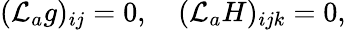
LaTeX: ({\cal L}_{a}g)_{ij}=0,\ \ \ \ ({\cal L}_{a}H)_{ijk}=0,